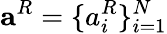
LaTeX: \mathbf{a}^{R}=\{ a_{i}^{R}\} _{i=1}^{N}